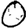
Digit: 0